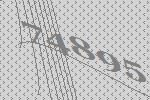
74895